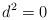
LaTeX: \begin{align*}d^2=0\end{align*}